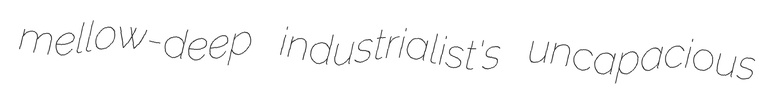
mellow-deep industrialist's uncapacious